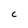
Character: c